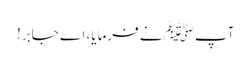
آپﷺ نے فرمایا، اے جابر!